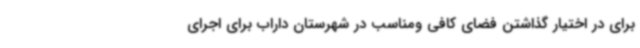
برای در اختیار گذاشتن فضای کافی ومناسب در شهرستان داراب برای اجرای